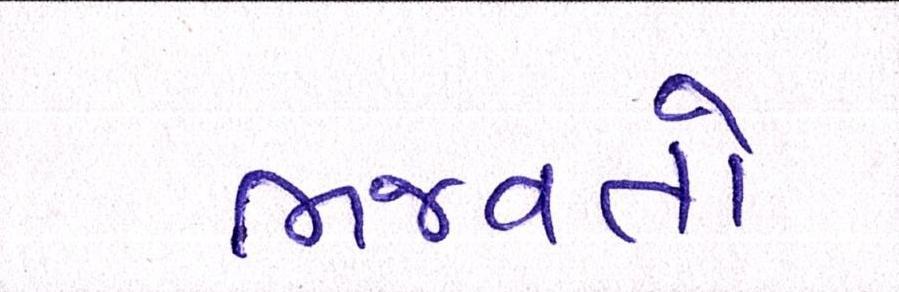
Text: ભજવતો